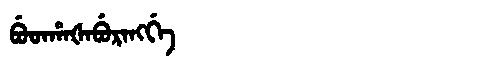
Manchu: ᠪᡠᡨᡥᠠᡧᠠᠪᡠᡵᠠᠩᡤᡝ
Romanization: BUTHAŠABURANGGE